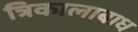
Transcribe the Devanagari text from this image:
त्रिकालाबाध